Vaccination United Provinces of Agra and Oudh 1914-1922 - 1914-1922
Year: 1914
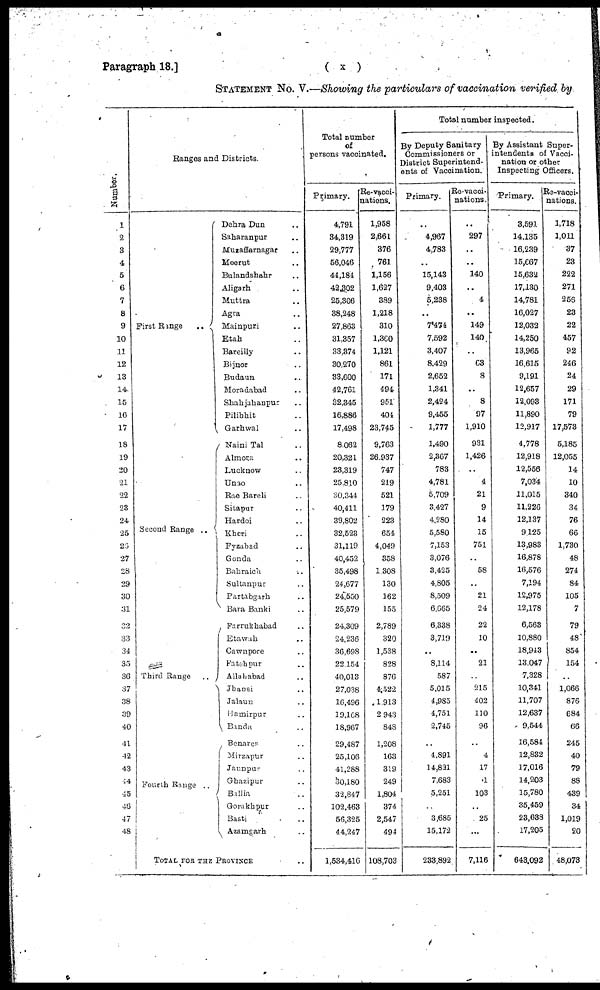
Paragraph 18.]
( x )
STATEMENT No. V.—Showing the particulars of vaccination verified by
Number.
1
2
3
4
5
6
7
8
9
10
11
12
13
14
15
16
17
18
19
20
21
22
23
24
25
26
27
28
29
30
31
32
33
34
35
36
37
38
39
40
41
42
43
44
45
46
47
48
Ranges and Districts.
First Range
..
Second Range ..
Third
Range ..
Fourth
Range ..
Dehra Dun ..
Saharanpur ..
Muzaffarnagar ..
Meerut ..
Bulandshahr ..
Aligarh ..
Muttra ..
Agra ..
Mainpuri ..
Etah ..
Bareilly ..
Bijnor ..
Budaun ..
Moradabad ..
Shahjahanpur ..
Pilibhit ..
Garhwal ..
Naini Tal ..
Almora ..
Lucknow ..
Unao ..
Rae Bareli ..
Sitapur ..
Hardoi ..
Kheri ..
Fyzabad ..
Gonda ..
Bahraich ..
Sultanpur ..
Partabgarh ..
Bara Banki ..
Farrukhabad ..
Etawah ..
Cawnpore ..
Fatehpur ..
Allahabad ..
Jhansi ..
Jalaun ..
Hamirpur ..
Banda ..
Benares ..
Mirzapur ..
Jaunpur ..
Ghazipur ..
Ballia ..
Gorakhpur ..
Basti ..
Azamgarh ..
TOTAL FOR THE PROVINCE ..
Total number
of
persons vaccinated.
Primary.
4,791
34,319
29,777
56,046
44,184
42,302
25,306
38,248
27,863
31,357
33,374
30,270
33,600
42,761
32,345
16,886
17,498
8,062
20,321
23,319
25,310
30,344
40,411
39,802
32,523
31,119
40,452
35,498
24,677
24,550
25,579
24,309
24,236
36,698
22,154
40,013
27,038
16,496
19,108
18,967
29,487
25,106
41,288
30,180
32,847
102,463
56,325
44,247
1,534,416
Re-vacci¬
nations.
1,958
2,661
376
761
1,156
1,627
389
1,218
310
1,360
1,121
861
171
494
951
404
23,745
9,763
26,937
747
219
521
179
223
654
4,049
358
1,308
130
162
155
2,789
320
1,538
828
876
4,522
1,913
2,943
848
1,208
163
319
249
1,804
374
2,547
494
108,703
Total number inspected.
By Deputy Sanitary
Commissioners or
District Superintend-
ents of Vaccination.
Primary.
..
4,967
4,783
..
15,143
9,403
5,238
..
7,474
7,592
3,407
8,429
2,652
1,341
2,424
9,455
1,777
1,490
2,367
783
4,781
5,709
3,427
4,280
5,580
7,153
3,076
3,425
4,805
8,509
6,665
6,338
3,719
..
8,114
587
5,015
4,985
4,751
2,745
..
4,891
14,821
7,683
5,251
..
3,685
15,172
233,892
Re-vacci¬
nations.
..
297
..
..
140
..
4
..
149
140
..
03
8
..
8
97
1,910
931
1,426
..
4
21
9
14
15
751
..
58
..
21
24
22
10
..
21
..
215
402
110
96
..
4
17
1
103
..
25
...
7,116
By Assistant Super-
intendents of Vacci-
nation or other
Inspecting Officers.
Primary.
3,591
14,135
16,239
15,067
15,632
17,130
14,781
16,027
12,032
14,250
13,965
16,615
9,191
12,657
12,093
11,890
12,917
4,778
12,918
12,556
7,034
11,015
11,226
12,137
9,125
13,983
16,878
16,576
7,194
12,975
12,178
6,563
10,880
18,943
13,047
7,328
10,341
11,707
12,637
9,544
16,584
12,832
17,016
14,203
15,780
35,459
23,633
17,205
643,092
Re-vacci¬
nations.
1,718
1,011
37
23
222
271
256
23
22
457
92
246
24
29
171
79
17,573
5,185
12,055
14
10
340
34
76
66
1,730
48
274
84
105
7
79
48
854
154
..
1,066
876
684
66
245
40
79
88
439
34
1,019
20
48,073